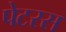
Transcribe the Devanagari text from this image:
पेटरस